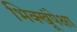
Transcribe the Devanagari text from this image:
भिक्खूंपेक्षा